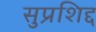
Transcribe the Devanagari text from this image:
सुप्रशिद्द